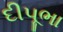
દીપૂભા